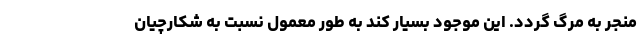
منجر به مرگ گردد. این موجود بسیار کند به طور معمول نسبت به شکارچیان